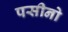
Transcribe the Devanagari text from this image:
पसीनो